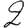
Digit: 2